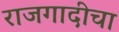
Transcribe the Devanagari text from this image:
राजगादीचा